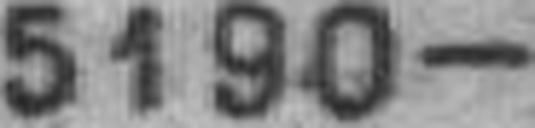
5190—